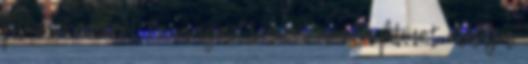
filmnek, mivel Te magad leszel ami a filmet eladja.